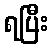
ရပြီး